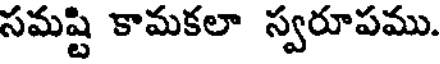
సమష్టి కామకలా స్వరూపము.